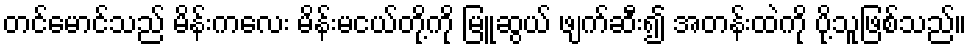
တင်မောင်သည် မိန်းကလေး မိန်းမငယ်တို့ကို မြူဆွယ် ဖျက်ဆီး၍ အတန်းထဲကို ပို့သူဖြစ်သည်။